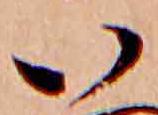
い